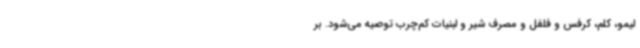
لیمو، کلم، کرفس و فلفل و مصرف شیر و لبنیات کم‌چرب توصیه می‌شود. بر